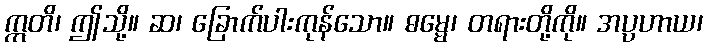
ဣတိ၊ ဤသို့။ ဆ၊ ခြောက်ပါးကုန်သော။ ဓမ္မေ၊ တရားတို့ကို။ အပ္ပဟာယ၊